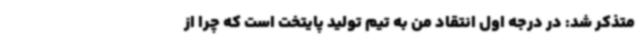
متذکر شد: در درجه اول انتقاد من به تیم تولید پایتخت است که چرا از